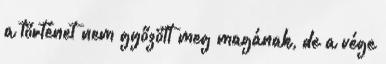
a történet nem győzött meg magának, de a vége